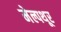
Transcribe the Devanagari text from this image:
मेल्पथूर